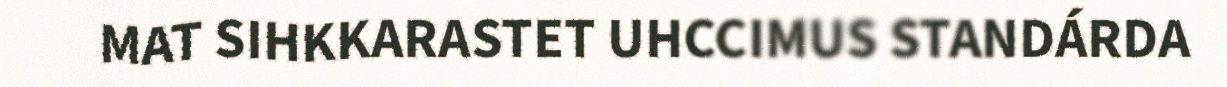
MAT SIHKKARASTET UHCCIMUS STANDÁRDA